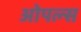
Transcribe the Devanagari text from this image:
ओपल्स